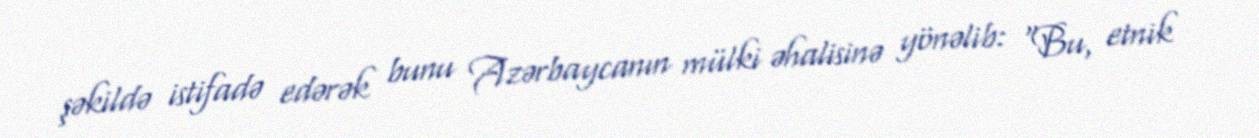
şəkildə istifadə edərək bunu Azərbaycanın mülki əhalisinə yönəlib: “Bu, etnik